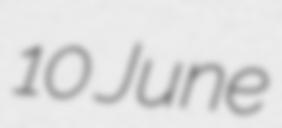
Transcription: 10 June